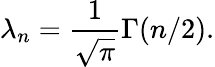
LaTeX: \lambda_{n}=\frac{1}{\sqrt{\pi}}\Gamma(n/2).